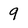
Character: 9